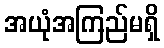
အယုံအကြည်မရှိ